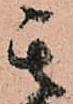
其